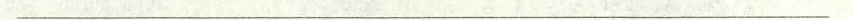
___